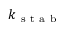
k _ { \mathrm { ~ s ~ t ~ a ~ b ~ } }